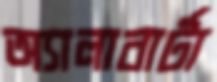
অ্যালাবার্টা